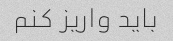
باید واریز کنم